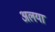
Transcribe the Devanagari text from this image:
अलया